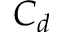
C _ { d }